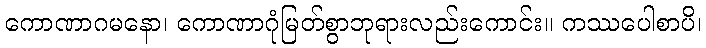
ကောဏာဂမနော၊ ကောဏာဂုံမြတ်စွာဘုရားလည်းကောင်း။ ကဿပေါစာပိ၊